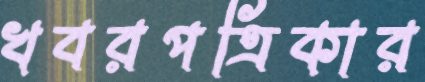
খবরপত্রিকার